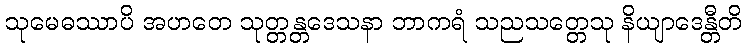
သုမေဓဿာပိ အဟတေ သုတ္တန္တဒေသနာ ဘာကရံ သညသတ္တေသု နိယျာဒေန္တီတိ